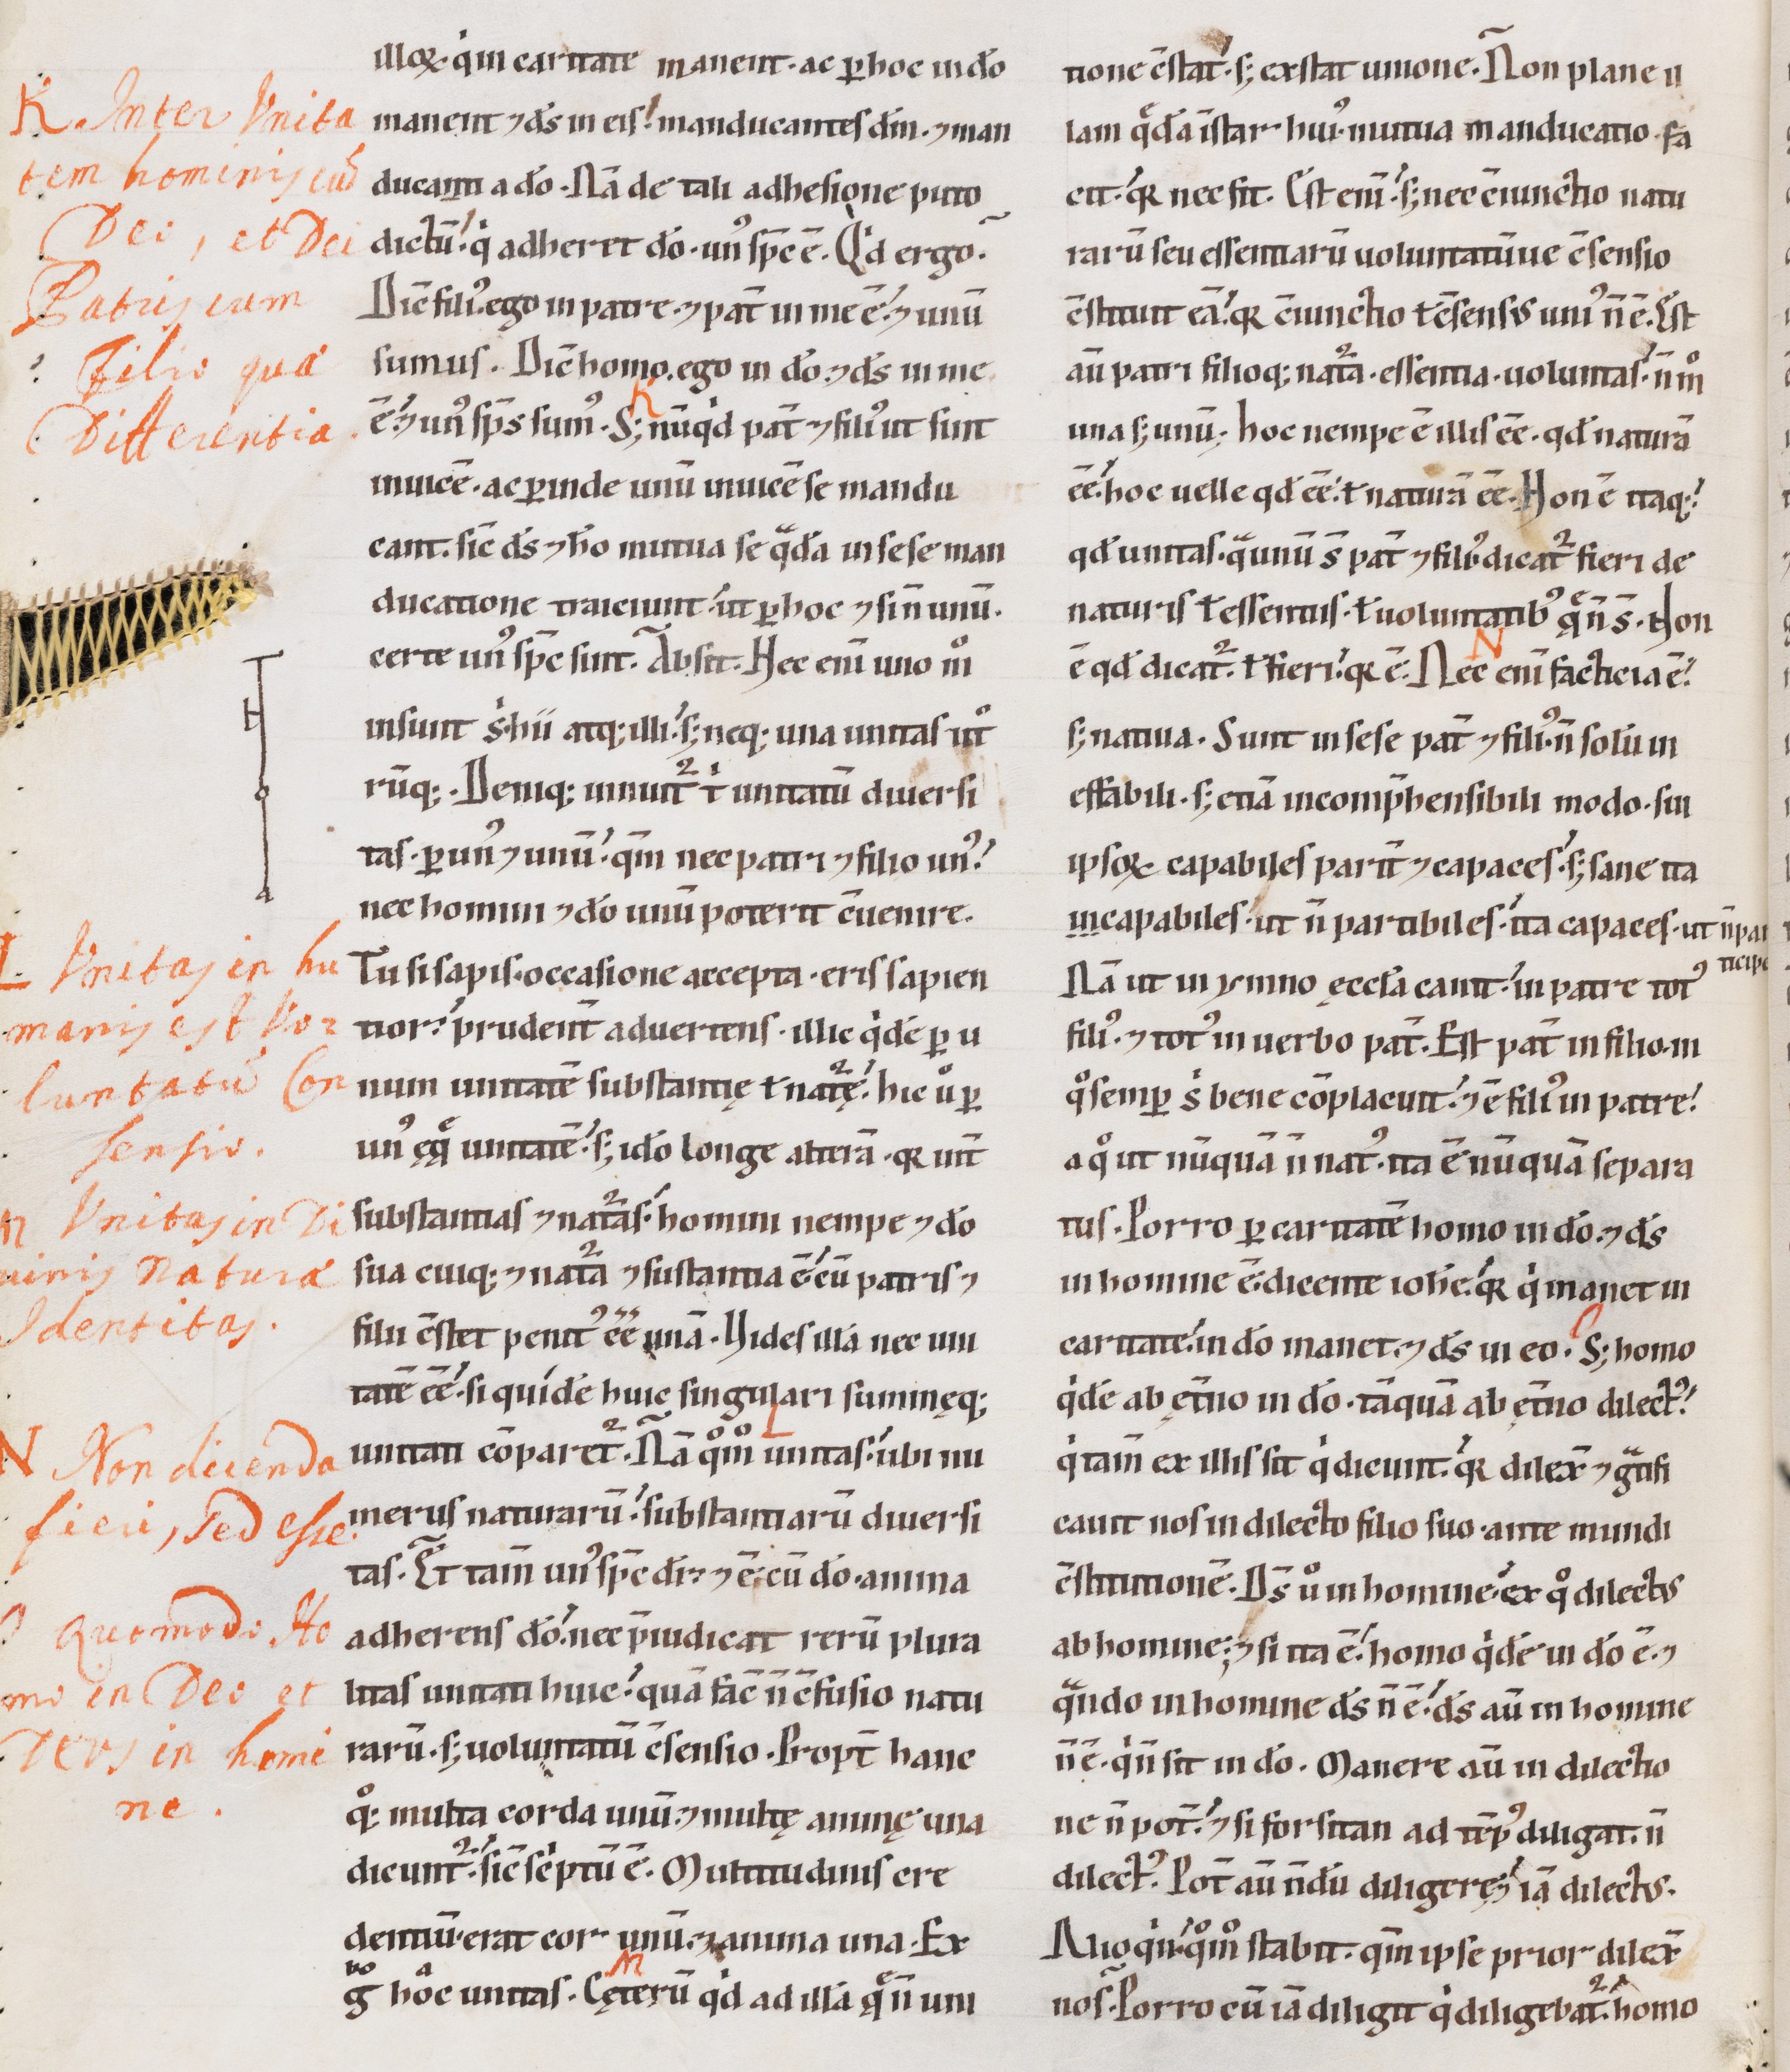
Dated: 1100–1199